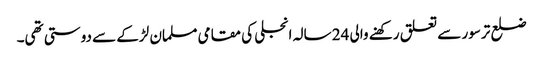
ضلع ترسور سے تعلق رکھنے والی 24 سالہ انجلی کی مقامی مسلمان لڑکے سے دوستی تھی۔